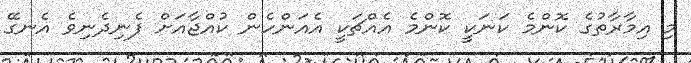
މި އިމާރާތުގެ ކޮންމެ ކަނަކީ ކޮންމެ އެއްޗަކީ އެއަންހެން ކުއްޖާއަށް ފެނިދެނިވެ އެނގޭ